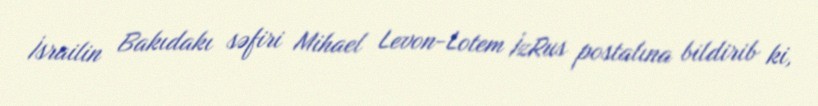
İsrailin Bakıdakı səfiri Mihael Levon-Lotem İzRus postalına bildirib ki,